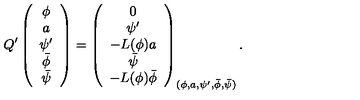
Q ^ { \prime } \left( \begin{array} { c } { \phi } \\ { a } \\ { \psi ^ { \prime } } \\ { \bar { \phi } } \\ { \bar { \psi } } \\ \end{array} \right) = \left( \begin{array} { c } { 0 } \\ { \psi ^ { \prime } } \\ { - L ( \phi ) a } \\ { \bar { \psi } } \\ { - L ( \phi ) \bar { \phi } } \\ \end{array} \right) _ { ( \phi , a , \psi ^ { \prime } , \bar { \phi } , \bar { \psi } ) } .